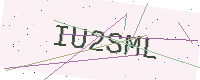
Text: IU2SML